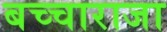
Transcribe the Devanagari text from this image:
बच्‍चाराजा